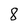
Character: 8